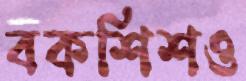
বকশিশও